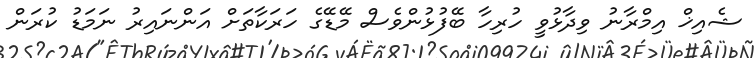
ޝެއިޚް އިމްރާނު ވިދާޅުވީ ހުރިހާ ބޭފުޅުންވެސް މޭޑޭގެ ހަރަކާތަށް އަންނައިރު ނަމަޑު ކުރަން